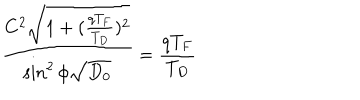
\frac { C ^ { 2 } \sqrt { 1 + ( \frac { q T _ { F } } { T _ { D } } ) ^ { 2 } } } { \sin ^ { 2 } \phi \sqrt { D _ { 0 } } } = \frac { q T _ { F } } { T _ { D } }